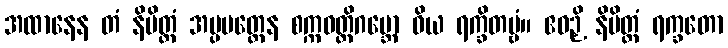
အထာနေန တံ နိမိတ္တံ အပ္ပမတ္တေန စက္ကဝတ္တိဂဗ္ဘော ဝိယ ရက္ခိတဗ္ဗံ။ ဧဝဉှိ နိမိတ္တံ ရက္ခတော